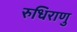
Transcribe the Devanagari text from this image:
रुधिराणु